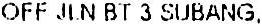
OFF JLN BT 3 SUBANG.